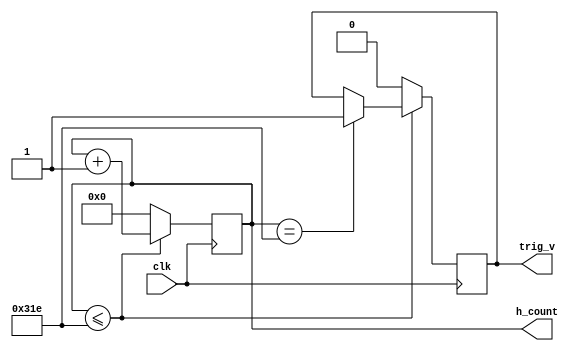
// Code your design here

module h_counter(clk, h_count, trig_v);
  input clk;
  output trig_v;
  output [9:0] h_count;
  // we use register for both our outputs as they eventually will be changed
  reg trig_v;
  reg [9:0] h_count;
  initial
    begin
      h_count <= 0; trig_v <= 1'b0;
    end
    always @ (posedge clk)
    begin
      if (h_count <= 798)
        begin
          if (h_count == 798)
            begin
              trig_v <= 1'b1;
            end
          h_count <= h_count + 1;
        end
      else
        begin
          h_count <= 0;
          trig_v <= 1'b0;
        end
    end
endmodule